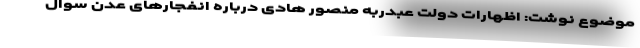
موضوع نوشت: اظهارات دولت عبدربه منصور هادی درباره انفجارهای عدن سوال